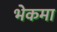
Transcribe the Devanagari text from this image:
भेकमा